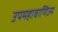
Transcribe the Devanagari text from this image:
उपमहावाणिज्य